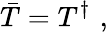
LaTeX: \bar{T}=T^{\dagger}\, \, ,